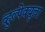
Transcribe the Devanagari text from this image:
व्हुल्पेक्युला